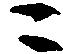
ニ